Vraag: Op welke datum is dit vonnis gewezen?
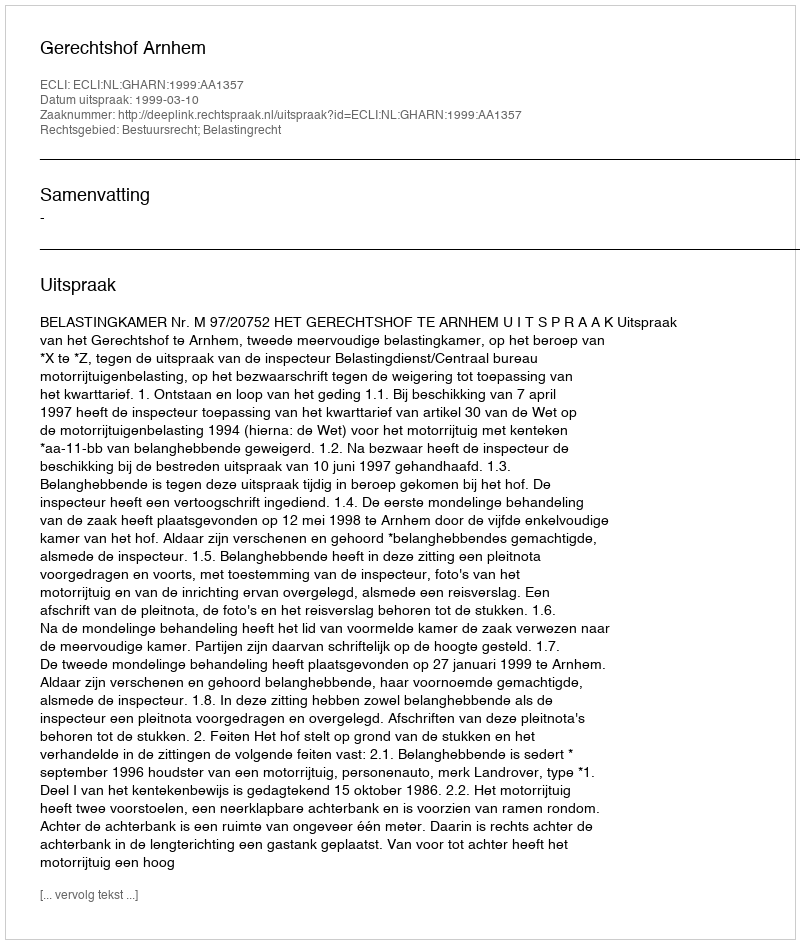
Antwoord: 1999-03-10